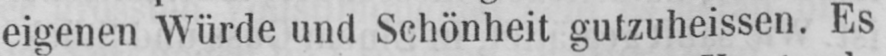
eigenen Würde und Schönheit gutzuheissen. Es